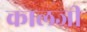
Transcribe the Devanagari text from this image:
कालजी